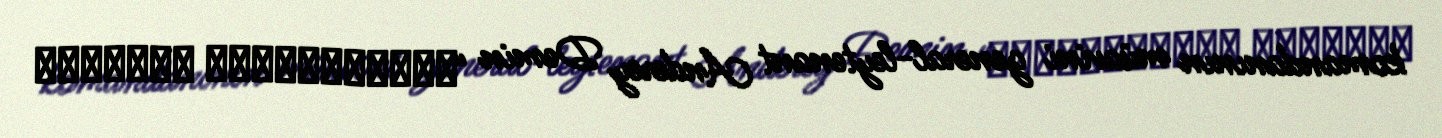
komandanının müavini general-leytenant Anderey Demin “Независимое военное